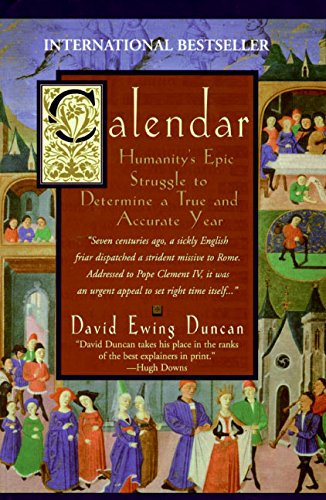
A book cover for Calendar: Humanity's Epic Struggle to Determine a True and Accurate Year; David Ewing Duncan; Science & Math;